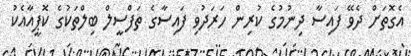
އެގޮތަށް ދެވޭ ފައިސާ ދިނުމުގެ ކުރިން ހަރަދުވި ފައިސާގެ ތަފްސީލް ބިލްތަކުގެ ކޮޕީއާއެކު